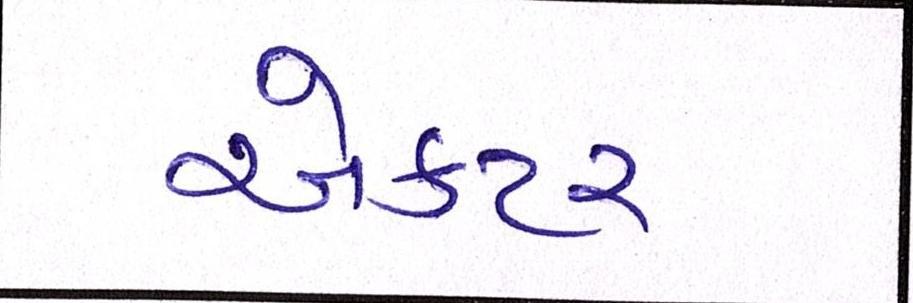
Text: એકટર